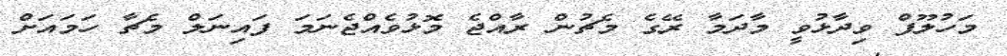
މަހުލޫފް ވިދާޅުވީ މާދަމާ ރޭގެ މެޗުން ރާއްޖެ މޮޅުވެއްޖެނަމަ ފައިނަލް މެޗާ ހަމައަށް